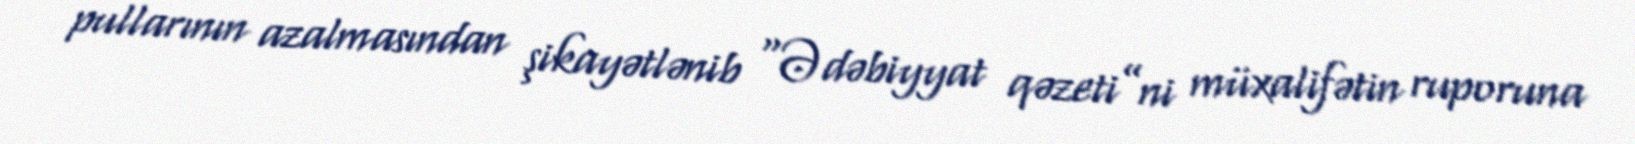
pullarının azalmasından şikayətlənib “Ədəbiyyat qəzeti”ni müxalifətin ruporuna